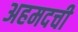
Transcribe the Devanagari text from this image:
अहमदची